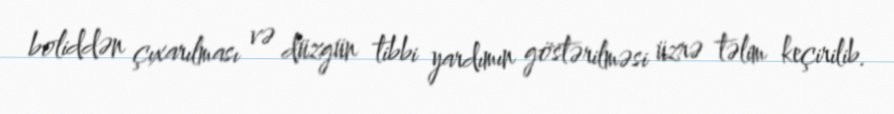
boliddən çıxarılması və düzgün tibbi yardımın göstərilməsi üzrə təlim keçirilib.